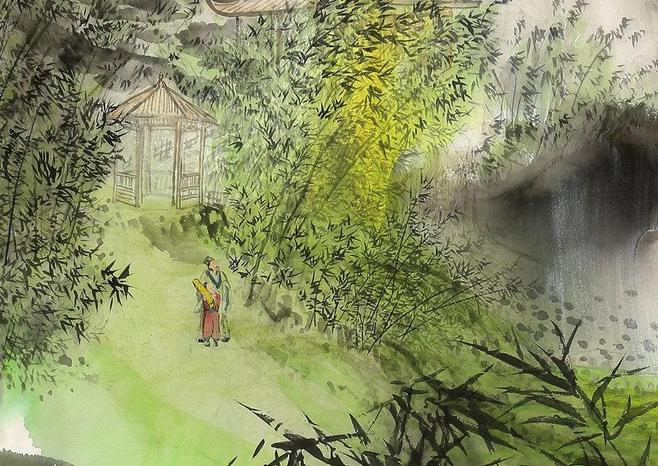
无花无酒过清明，兴味萧然似野僧。